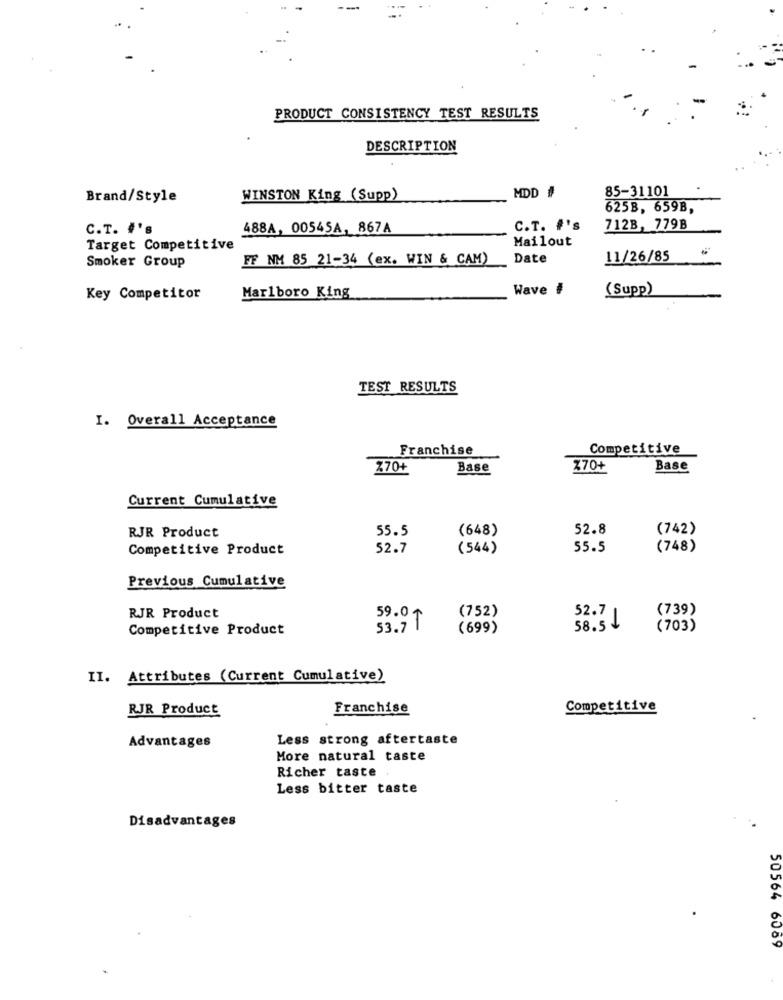
PRODUCT CONSISTENCY TEST RESULTS
DESCRIPTION
Brand/Style
WINSTON King (Supp)
MDD #
85-31101
625B, 659B,
C.T. #'s
488A, 00545A, 867A
C.T. #'s
712B, 779B
Mailout
Target Competitive
FF NM 85 21-34 (ex. WIN & CAM)
Date
11/26/85
Smoker Group
Wave #
(Supp)
Key Competitor
Marlboro King
TEST RESULTS
I. Overall Acceptance
Franchise
Competitive
Z70+
Base
Z70+
Base
Current Cumulative
RJR Product
55.5
(648)
52.8
(742)
Competitive Product
52.7
(544)
55.5
(748)
Previous Cumulative
(752)
(739)
RJR Product
59.0
52.71
Competitive Product
53.7 1
(699)
58.5 1
(703)
II. Attributes (Current Cumulative)
RJR Product
Franchise
Competitive
Less strong aftertaste
Advantages
More natural taste
Richer taste
Less bitter taste
Disadvantages
50564 6089